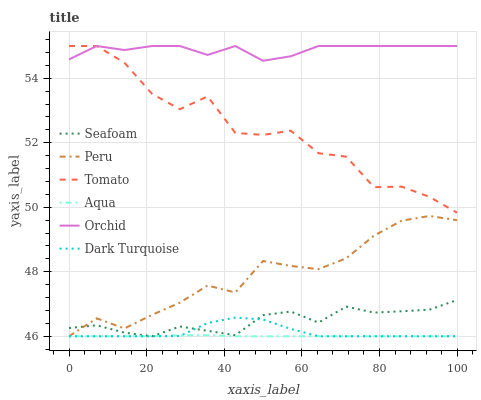
| xaxis_label | Seafoam | Peru | Tomato | Aqua | Orchid | Dark Turquoise |
 | --- | --- | --- | --- | --- | --- | --- |
 | 0 | 46.3 | 46 | 55 | 46 | 54.6 | 46 |
 | 7.14 | 46.3 | 46.6 | 55 | 46 | 55 | 46 |
 | 14.3 | 46.1 | 46.2 | 54.5 | 46 | 54.9 | 46 |
 | 21.4 | 46 | 46.7 | 53.5 | 46 | 55 | 46 |
 | 28.6 | 46.3 | 47 | 53 | 46 | 55 | 46 |
 | 35.7 | 46.2 | 47.6 | 53.4 | 46 | 54.7 | 46.4 |
 | 42.9 | 46 | 47.4 | 52.3 | 46 | 55 | 46.6 |
 | 50 | 46.7 | 48.3 | 52.2 | 46 | 54.5 | 46.5 |
 | 57.1 | 46.8 | 48.2 | 52.4 | 46 | 54.7 | 46.2 |
 | 64.3 | 46.4 | 48.1 | 51.7 | 46 | 55 | 46 |
 | 71.4 | 46.9 | 48.4 | 51.6 | 46 | 55 | 46 |
 | 78.6 | 46.7 | 49.1 | 50.6 | 46 | 55 | 46 |
 | 85.7 | 46.8 | 49.6 | 50.6 | 46 | 55 | 46 |
 | 92.9 | 46.8 | 49.7 | 50.3 | 46 | 55 | 46 |
 | 100 | 47.1 | 49.6 | 49.8 | 46 | 55 | 46 |